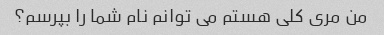
من مری کلی هستم می توانم نام شما را بپرسم؟